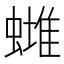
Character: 𧐻